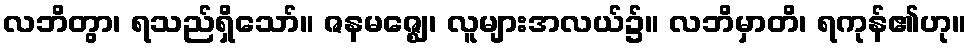
လဘိတွာ၊ ရသည်ရှိသော်။ ဇနမဇ္ဈေ၊ လူများအလယ်၌။ လဘိမှာတိ၊ ရကုန်၏ဟု။